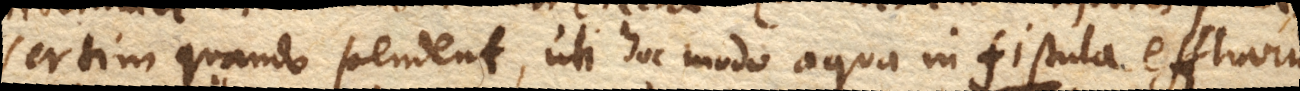
sertim quando pendent, uti hoc modo aqua in fistula effluvium